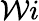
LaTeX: \mathcal{W}i